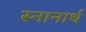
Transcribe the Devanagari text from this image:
स्‍नानार्थ